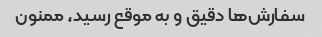
سفارش‌ها دقیق و به موقع رسید، ممنون